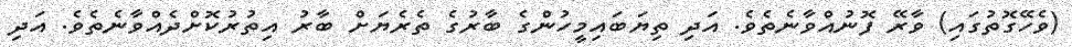
(ވެހޭގޮތުގައި) ވާރޭ ފޮނުއްވާނެތެވެ. އަދި ތިޔަބައިމީހުންގެ ބާރުގެ ތެރެޔަށް ބާރު އިތުރުކޮށްދެއްވާނެތެވެ. އަދި